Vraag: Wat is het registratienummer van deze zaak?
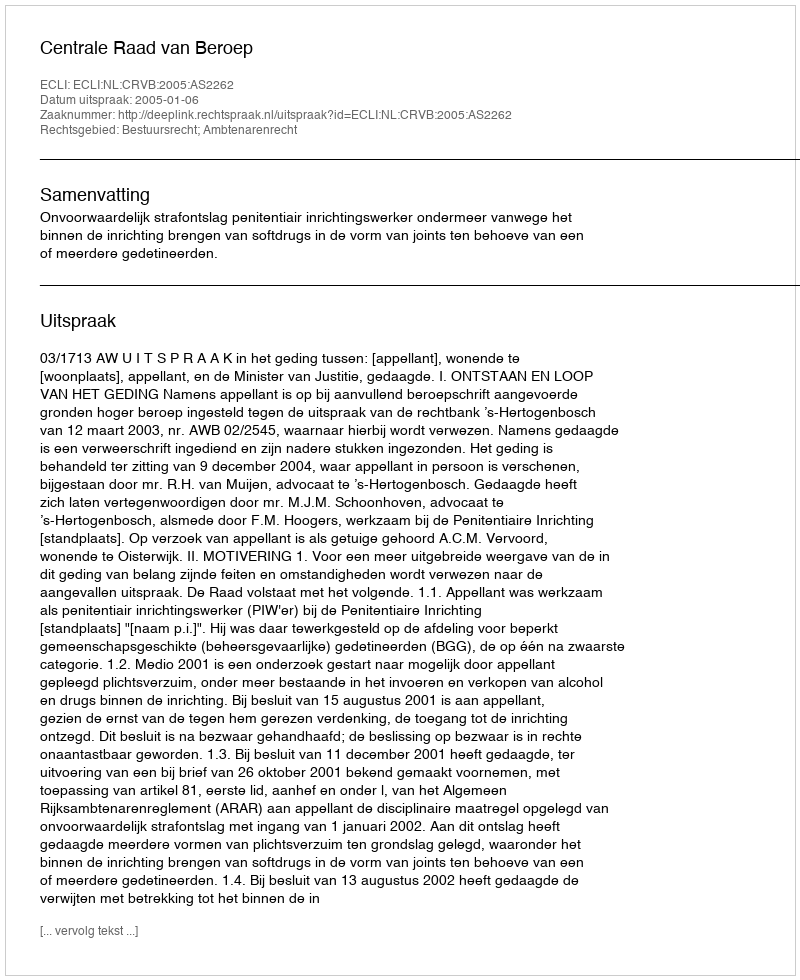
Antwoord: http://deeplink.rechtspraak.nl/uitspraak?id=ECLI:NL:CRVB:2005:AS2262